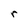
Character: r